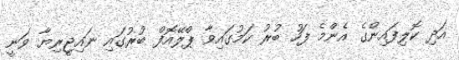
އަދި ކޮލިފައިންގެ އެންމެ ފަހު ބުރު ކަމުގައިވާ ޕްލޭއޮފް ބުރުގައި ނައިޖީރިޔާ ވަނީ